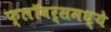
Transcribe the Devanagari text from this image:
फ्लॉवर्समध्ये